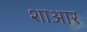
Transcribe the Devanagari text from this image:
शाआर